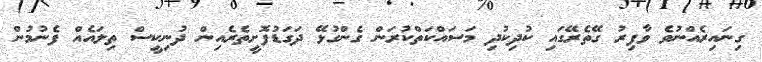
ގިނައިރެއްނުވެ ވާފިރު ގޭތެރޭގައި ކުދިކުދި މަސައްކަތްކުރަން ގެންގުޅޭ ދަގަޑުފޮށީތެރެއިން ދުނިކީސް ތިލައެއް ފެނުމުން